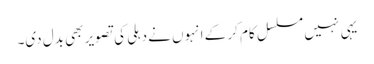
یہی نہیں مسلسل کام کر کے انہوں نے دہلی کی تصویر بھی بدل دی۔